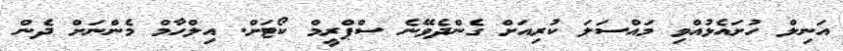
އަނިލް ހުށައެޅުއްވި މައްސަލަ ކުރިއަށް ގެންދެވޭނެ ސްޕްރީމް ކޯޓަށް. އިލްހާމް މެންނަށް ދެން